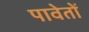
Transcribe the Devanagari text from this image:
पावेतों